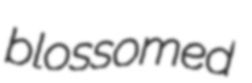
blossomed